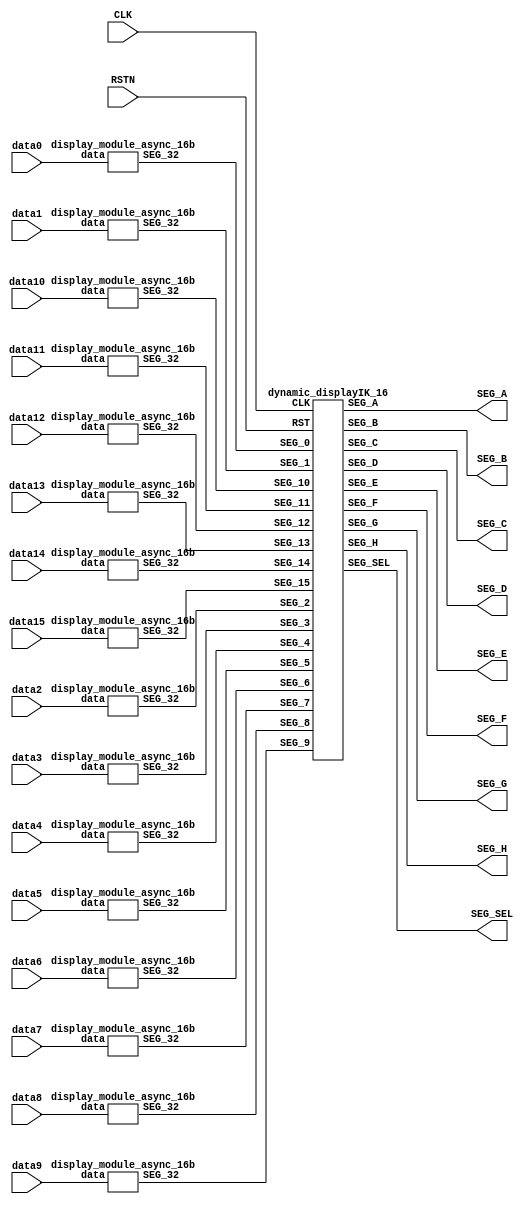
`default_nettype none
module displayIK_7seg_16
(
  input  wire        CLK,
  input  wire        RSTN,
  input  wire [15:0] data0,
  input  wire [15:0] data1,
  input  wire [15:0] data2,
  input  wire [15:0] data3,
  input  wire [15:0] data4,
  input  wire [15:0] data5,
  input  wire [15:0] data6,
  input  wire [15:0] data7,
  input  wire [15:0] data8,
  input  wire [15:0] data9,
  input  wire [15:0] data10,
  input  wire [15:0] data11,
  input  wire [15:0] data12,
  input  wire [15:0] data13,
  input  wire [15:0] data14,
  input  wire [15:0] data15,
  output wire [7:0]  SEG_A,
  output wire [7:0]  SEG_B,
  output wire [7:0]  SEG_C,
  output wire [7:0]  SEG_D,
  output wire [7:0]  SEG_E,
  output wire [7:0]  SEG_F,
  output wire [7:0]  SEG_G,
  output wire [7:0]  SEG_H,
  output wire [8:0]  SEG_SEL
);

wire [31:0] SEG_0,SEG_1,SEG_2,SEG_3,SEG_4,SEG_5,SEG_6,SEG_7;
wire [31:0] SEG_8,SEG_9,SEG_10,SEG_11,SEG_12,SEG_13,SEG_14,SEG_15;

display_module_async_16b
i0
(
  .data   (data0),
  .SEG_32 (SEG_0)
);
display_module_async_16b
i1
(
  .data   (data1),
  .SEG_32 (SEG_1)
);
display_module_async_16b
i2
(
  .data   (data2),
  .SEG_32 (SEG_2)
);
display_module_async_16b
i3
(
  .data   (data3),
  .SEG_32 (SEG_3)
);
display_module_async_16b
i4
(
  .data   (data4),
  .SEG_32 (SEG_4)
);
display_module_async_16b
i5
(
  .data   (data5),
  .SEG_32 (SEG_5)
);
display_module_async_16b
i6
(
  .data   (data6),
  .SEG_32 (SEG_6)
);
display_module_async_16b
i7
(
  .data   (data7),
  .SEG_32 (SEG_7)
);
display_module_async_16b
i8
(
  .data   (data8),
  .SEG_32 (SEG_8)
);
display_module_async_16b
i9
(
  .data   (data9),
  .SEG_32 (SEG_9)
);
display_module_async_16b
i10
(
  .data   (data10),
  .SEG_32 (SEG_10)
);
display_module_async_16b
i11
(
  .data   (data11),
  .SEG_32 (SEG_11)
);
display_module_async_16b
i12
(
  .data   (data12),
  .SEG_32 (SEG_12)
);
display_module_async_16b
i13
(
  .data   (data13),
  .SEG_32 (SEG_13)
);
display_module_async_16b
i14
(
  .data   (data14),
  .SEG_32 (SEG_14)
);
display_module_async_16b
i15
(
  .data   (data15),
  .SEG_32 (SEG_15)
);
dynamic_displayIK_16
i16
(
  .CLK     (CLK),
  .RST     (RSTN),
  .SEG_0   (SEG_0),
  .SEG_1   (SEG_1),
  .SEG_2   (SEG_2),
  .SEG_3   (SEG_3),
  .SEG_4   (SEG_4),
  .SEG_5   (SEG_5),
  .SEG_6   (SEG_6),
  .SEG_7   (SEG_7),
  .SEG_8   (SEG_8),
  .SEG_9   (SEG_9),
  .SEG_10  (SEG_10),
  .SEG_11  (SEG_11),
  .SEG_12  (SEG_12),
  .SEG_13  (SEG_13),
  .SEG_14  (SEG_14),
  .SEG_15  (SEG_15),
  .SEG_A   (SEG_A),
  .SEG_B   (SEG_B),
  .SEG_C   (SEG_C),
  .SEG_D   (SEG_D),
  .SEG_E   (SEG_E),
  .SEG_F   (SEG_F),
  .SEG_G   (SEG_G),
  .SEG_H   (SEG_H),
  .SEG_SEL (SEG_SEL)
);

endmodule

module dynamic_displayIK_16
(
  input  wire        CLK,
  input  wire        RST,
  input  wire [31:0] SEG_0,
  input  wire [31:0] SEG_1,
  input  wire [31:0] SEG_2,
  input  wire [31:0] SEG_3,
  input  wire [31:0] SEG_4,
  input  wire [31:0] SEG_5,
  input  wire [31:0] SEG_6,
  input  wire [31:0] SEG_7,
  input  wire [31:0] SEG_8,
  input  wire [31:0] SEG_9,
  input  wire [31:0] SEG_10,
  input  wire [31:0] SEG_11,
  input  wire [31:0] SEG_12,
  input  wire [31:0] SEG_13,
  input  wire [31:0] SEG_14,
  input  wire [31:0] SEG_15,
  output reg  [7:0]  SEG_A,
  output reg  [7:0]  SEG_B,
  output reg  [7:0]  SEG_C,
  output reg  [7:0]  SEG_D,
  output reg  [7:0]  SEG_E,
  output reg  [7:0]  SEG_F,
  output reg  [7:0]  SEG_G,
  output reg  [7:0]  SEG_H,
  output reg  [8:0]  SEG_SEL
);

localparam DEF_MAX = 16'h7FFF;
localparam COUNT_MAX = 3'b111;

reg [2:0]  COUNTER;
reg [15:0] DEF_COUNTER;

always @(posedge CLK or negedge RST) begin
  if(!RST) begin
    SEG_A <= 8'hFC;
    SEG_B <= 8'hFC;
    SEG_C <= 8'hFC;
    SEG_D <= 8'hFC;
    SEG_E <= 8'hFC;
    SEG_F <= 8'hFC;
    SEG_G <= 8'hFC;
    SEG_H <= 8'hFC;
    SEG_SEL <=9'h1FF;
    COUNTER <= 3'h0;
    DEF_COUNTER <= 16'h0000;
  end else begin
    if(DEF_COUNTER != DEF_MAX) begin
      DEF_COUNTER <= DEF_COUNTER + 16'd1;
      SEG_SEL <=9'h000;
    end
    else begin
      DEF_COUNTER <= 16'h0000;
      case(COUNTER)
        3'd0: begin
          SEG_A <= SEG_0[31:24];
          SEG_B <= SEG_0[23:16];
          SEG_C <= SEG_0[15:8];
          SEG_D <= SEG_0[7:0];
          SEG_E <= SEG_1[31:24];
          SEG_F <= SEG_1[23:16];
          SEG_G <= SEG_1[15:8];
          SEG_H <= SEG_1[7:0];
          SEG_SEL <= 9'b0_0000_0001;
        end
        3'd1: begin
          SEG_A <= SEG_2[31:24];
          SEG_B <= SEG_2[23:16];
          SEG_C <= SEG_2[15:8];
          SEG_D <= SEG_2[7:0];
          SEG_E <= SEG_3[31:24];
          SEG_F <= SEG_3[23:16];
          SEG_G <= SEG_3[15:8];
          SEG_H <= SEG_3[7:0];
          SEG_SEL <= 9'b0_0000_0010;
        end
        3'd2: begin
          SEG_A <= SEG_4[31:24];
          SEG_B <= SEG_4[23:16];
          SEG_C <= SEG_4[15:8];
          SEG_D <= SEG_4[7:0];
          SEG_E <= SEG_5[31:24];
          SEG_F <= SEG_5[23:16];
          SEG_G <= SEG_5[15:8];
          SEG_H <= SEG_5[7:0];
          SEG_SEL <= 9'b0_0000_0100;
        end
        3'd3: begin
          SEG_A <= SEG_6[31:24];
          SEG_B <= SEG_6[23:16];
          SEG_C <= SEG_6[15:8];
          SEG_D <= SEG_6[7:0];
          SEG_E <= SEG_7[31:24];
          SEG_F <= SEG_7[23:16];
          SEG_G <= SEG_7[15:8];
          SEG_H <= SEG_7[7:0];
          SEG_SEL <= 9'b0_0000_1000;
        end
        3'd4: begin
          SEG_A <= SEG_8[31:24];
          SEG_B <= SEG_8[23:16];
          SEG_C <= SEG_8[15:8];
          SEG_D <= SEG_8[7:0];
          SEG_E <= SEG_9[31:24];
          SEG_F <= SEG_9[23:16];
          SEG_G <= SEG_9[15:8];
          SEG_H <= SEG_9[7:0];
          SEG_SEL <= 9'b0_0001_0000;
        end
        3'd5: begin
          SEG_A <= SEG_10[31:24];
          SEG_B <= SEG_10[23:16];
          SEG_C <= SEG_10[15:8];
          SEG_D <= SEG_10[7:0];
          SEG_E <= SEG_11[31:24];
          SEG_F <= SEG_11[23:16];
          SEG_G <= SEG_11[15:8];
          SEG_H <= SEG_11[7:0];
          SEG_SEL <= 9'b0_0010_0000;
        end
        3'd6: begin
          SEG_A <= SEG_12[31:24];
          SEG_B <= SEG_12[23:16];
          SEG_C <= SEG_12[15:8];
          SEG_D <= SEG_12[7:0];
          SEG_E <= SEG_13[31:24];
          SEG_F <= SEG_13[23:16];
          SEG_G <= SEG_13[15:8];
          SEG_H <= SEG_13[7:0];
          SEG_SEL <= 9'b0_0100_0000;
        end
        3'd7: begin
          SEG_A <= SEG_14[31:24];
          SEG_B <= SEG_14[23:16];
          SEG_C <= SEG_14[15:8];
          SEG_D <= SEG_14[7:0];
          SEG_E <= SEG_15[31:24];
          SEG_F <= SEG_15[23:16];
          SEG_G <= SEG_15[15:8];
          SEG_H <= SEG_15[7:0];
          SEG_SEL <= 9'b0_1000_0000;
        end
      endcase
      if(COUNTER == COUNT_MAX) begin
        COUNTER <= 3'd0;
      end else begin
        COUNTER <= COUNTER + 3'd1;
      end
    end
  end
end
endmodule

module display_module_async_16b
(
  input  wire [15:0] data,
  output wire [31:0] SEG_32
);

display_module_async
i0
(
  .SEG_VAL (data[3:0]),
  .SEG     (SEG_32[7:0])
);
display_module_async
i1
(
  .SEG_VAL (data[7:4]),
  .SEG     (SEG_32[15:8])
);
display_module_async
i2
(
  .SEG_VAL (data[11:8]),
  .SEG     (SEG_32[23:16])
);
display_module_async
i3
(
  .SEG_VAL (data[15:12]),
  .SEG     (SEG_32[31:24])
);

endmodule

module display_module_async
(
  input  wire [3:0] SEG_VAL,
  output reg  [7:0] SEG
);

always @ (*) begin
  case (SEG_VAL)
    4'h0: SEG <= 8'b11111100;
    4'h1: SEG <= 8'b01100000;
    4'h2: SEG <= 8'b11011010;
    4'h3: SEG <= 8'b11110010;
    4'h4: SEG <= 8'b01100110;
    4'h5: SEG <= 8'b10110110;
    4'h6: SEG <= 8'b10111110;
    4'h7: SEG <= 8'b11100000;
    4'h8: SEG <= 8'b11111110;
    4'h9: SEG <= 8'b11110110;
    4'ha: SEG <= 8'b11101110;
    4'hb: SEG <= 8'b00111110;
    4'hc: SEG <= 8'b00011010;
    4'hd: SEG <= 8'b01111010;
    4'he: SEG <= 8'b10011110;
    4'hf: SEG <= 8'b10001110;
  endcase
end
endmodule
`default_nettype wire